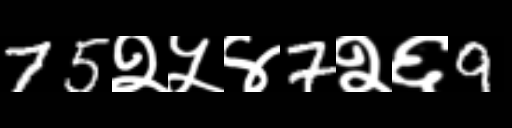
Text: 75२५४7२६9